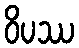
ဝိပဿ